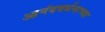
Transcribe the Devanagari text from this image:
आनंदवर्धनाच्या